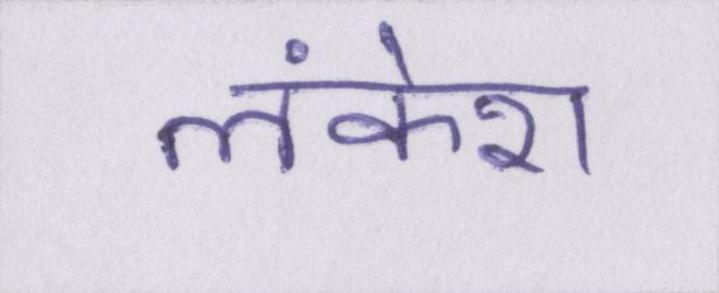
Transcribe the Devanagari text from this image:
लंकेश